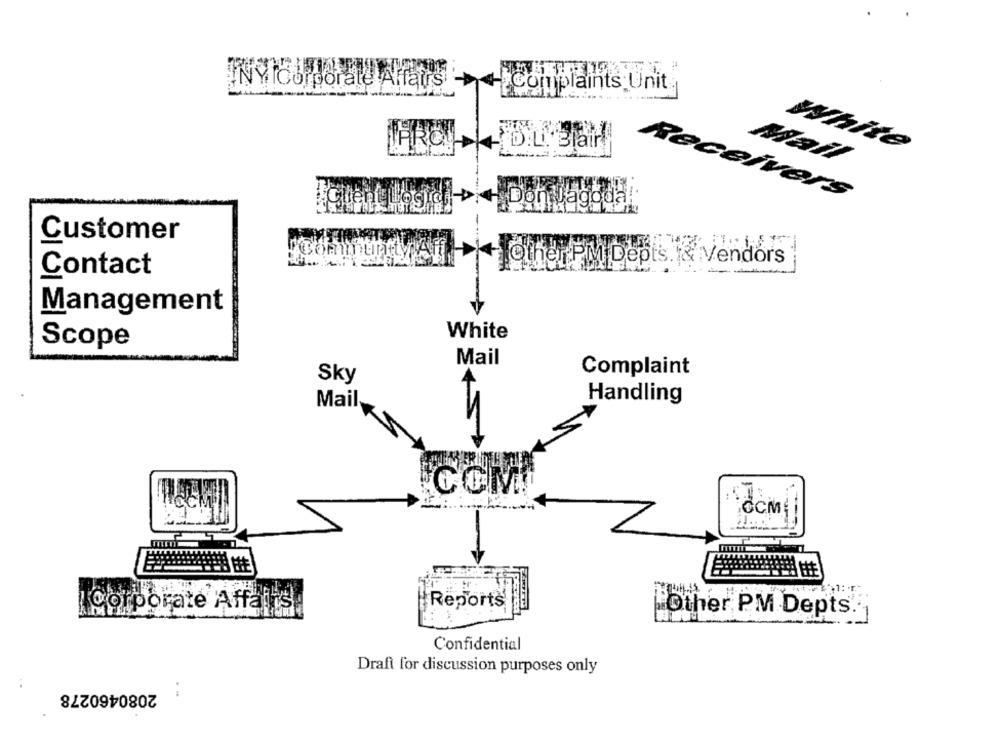
INYICorporate
Complaints Unit
White
Mail
Don Jagoda!
Receivers
Customer
Other PM Depts. & Vendors
Contact
Management
White
Scope
Mail
Complaint
Sky
Handling
Mail
OCM{
Corporate Affairs
Reports
Other PM Depts. 1
Confidential
Draft for discussion purposes only
2080460278